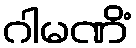
ဂါမဏိံ